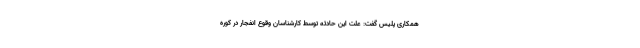
همکاری پلیس گفت: علت این حادثه توسط کارشناسان وقوع انفجار در کوره